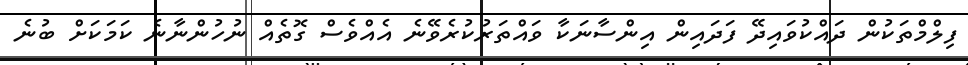
ފިލްމްތަކުން ދައްކުވައިދޭ ފަދައިން އިންސާނަކާ ވައްތަރުކުރެވޭނެ އެއްވެސް ގޮތެއް ނުހުންނާނެ ކަމަކަށް ބުނެ